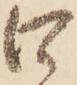
口